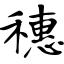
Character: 穗